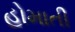
હોમાતી